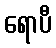
ရောပီ